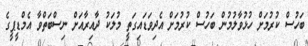
ބަހުސް ކުރުމަށް ހުޅުވާލުމުން ބަހުސް ކުރުމަށް އެދިވަޑައިގަތީ މުލަކު ދާއިރާއަށް ނިސްބަތްވާ އެމްޑީޕީގެ